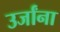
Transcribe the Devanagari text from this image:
उर्जांना